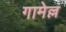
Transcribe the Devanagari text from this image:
गामेल्ल